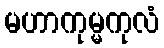
မဟာကုမ္မကုလံ